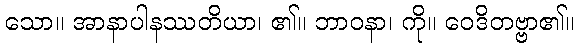
သော။ အာနာပါနဿတိယာ၊ ၏။ ဘာဝနာ၊ ကို။ ဝေဒိတဗ္ဗာ၏။